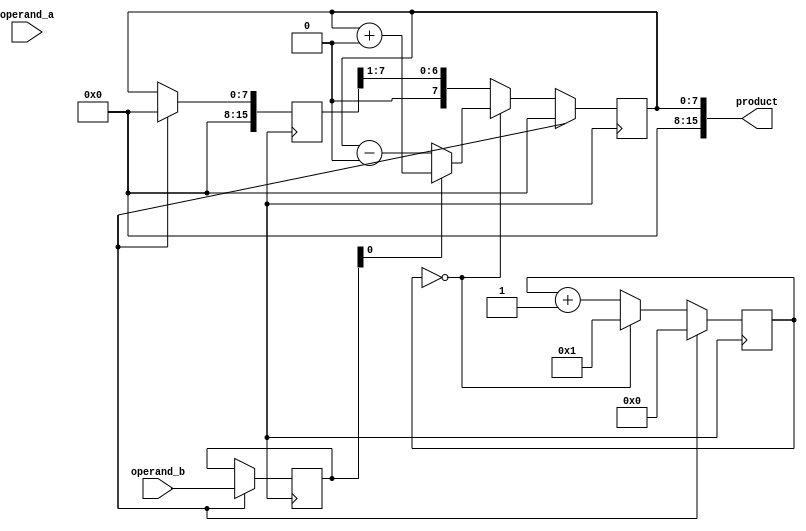
module booth_multiplier(
    input [7:0] operand_a,
    input [7:0] operand_b,
    output reg [15:0] product
);

reg [7:0] a_reg;
reg [7:0] b_reg;
reg [7:0] partial_product;
reg [3:0] counter;
reg next_bit;

always @ (posedge clk) begin
    if (reset) begin
        a_reg <= 8'b0;
        b_reg <= operand_b;
        partial_product <= 8'b0;
        counter <= 4'b0;
        next_bit <= 1'b0;
        product <= 16'b0;
    end else begin
        a_reg <= operand_a;
        next_bit = b_reg[0];
        if (counter == 4'd0) begin
            if (next_bit == 1'b1) begin
                partial_product <= partial_product + (a_reg << 8);
            end else begin
                partial_product <= partial_product - (a_reg << 8);
            end
            b_reg <= {b_reg[7], b_reg};
            counter <= 4'd1;
        end else begin
            partial_product <= partial_product >> 1;
            b_reg <= {b_reg[7], b_reg};
            counter <= counter + 1;
        end
    end
end

always @ (*) begin
    product = partial_product;
end

endmodule